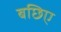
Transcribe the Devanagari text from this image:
बछिए